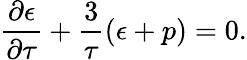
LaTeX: \frac{\partial\epsilon}{\partial\tau}+\frac{3}{\tau}(\epsilon+p)=0.